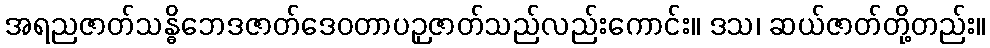
အရညဇာတ်သန္ဓိဘေဒဇာတ်ဒေဝတာပဉှဇာတ်သည်လည်းကောင်း။ ဒသ၊ ဆယ်ဇာတ်တို့တည်း။